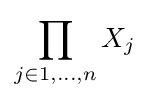
\prod _{j\in {1,\ldots ,n}}X_{j}